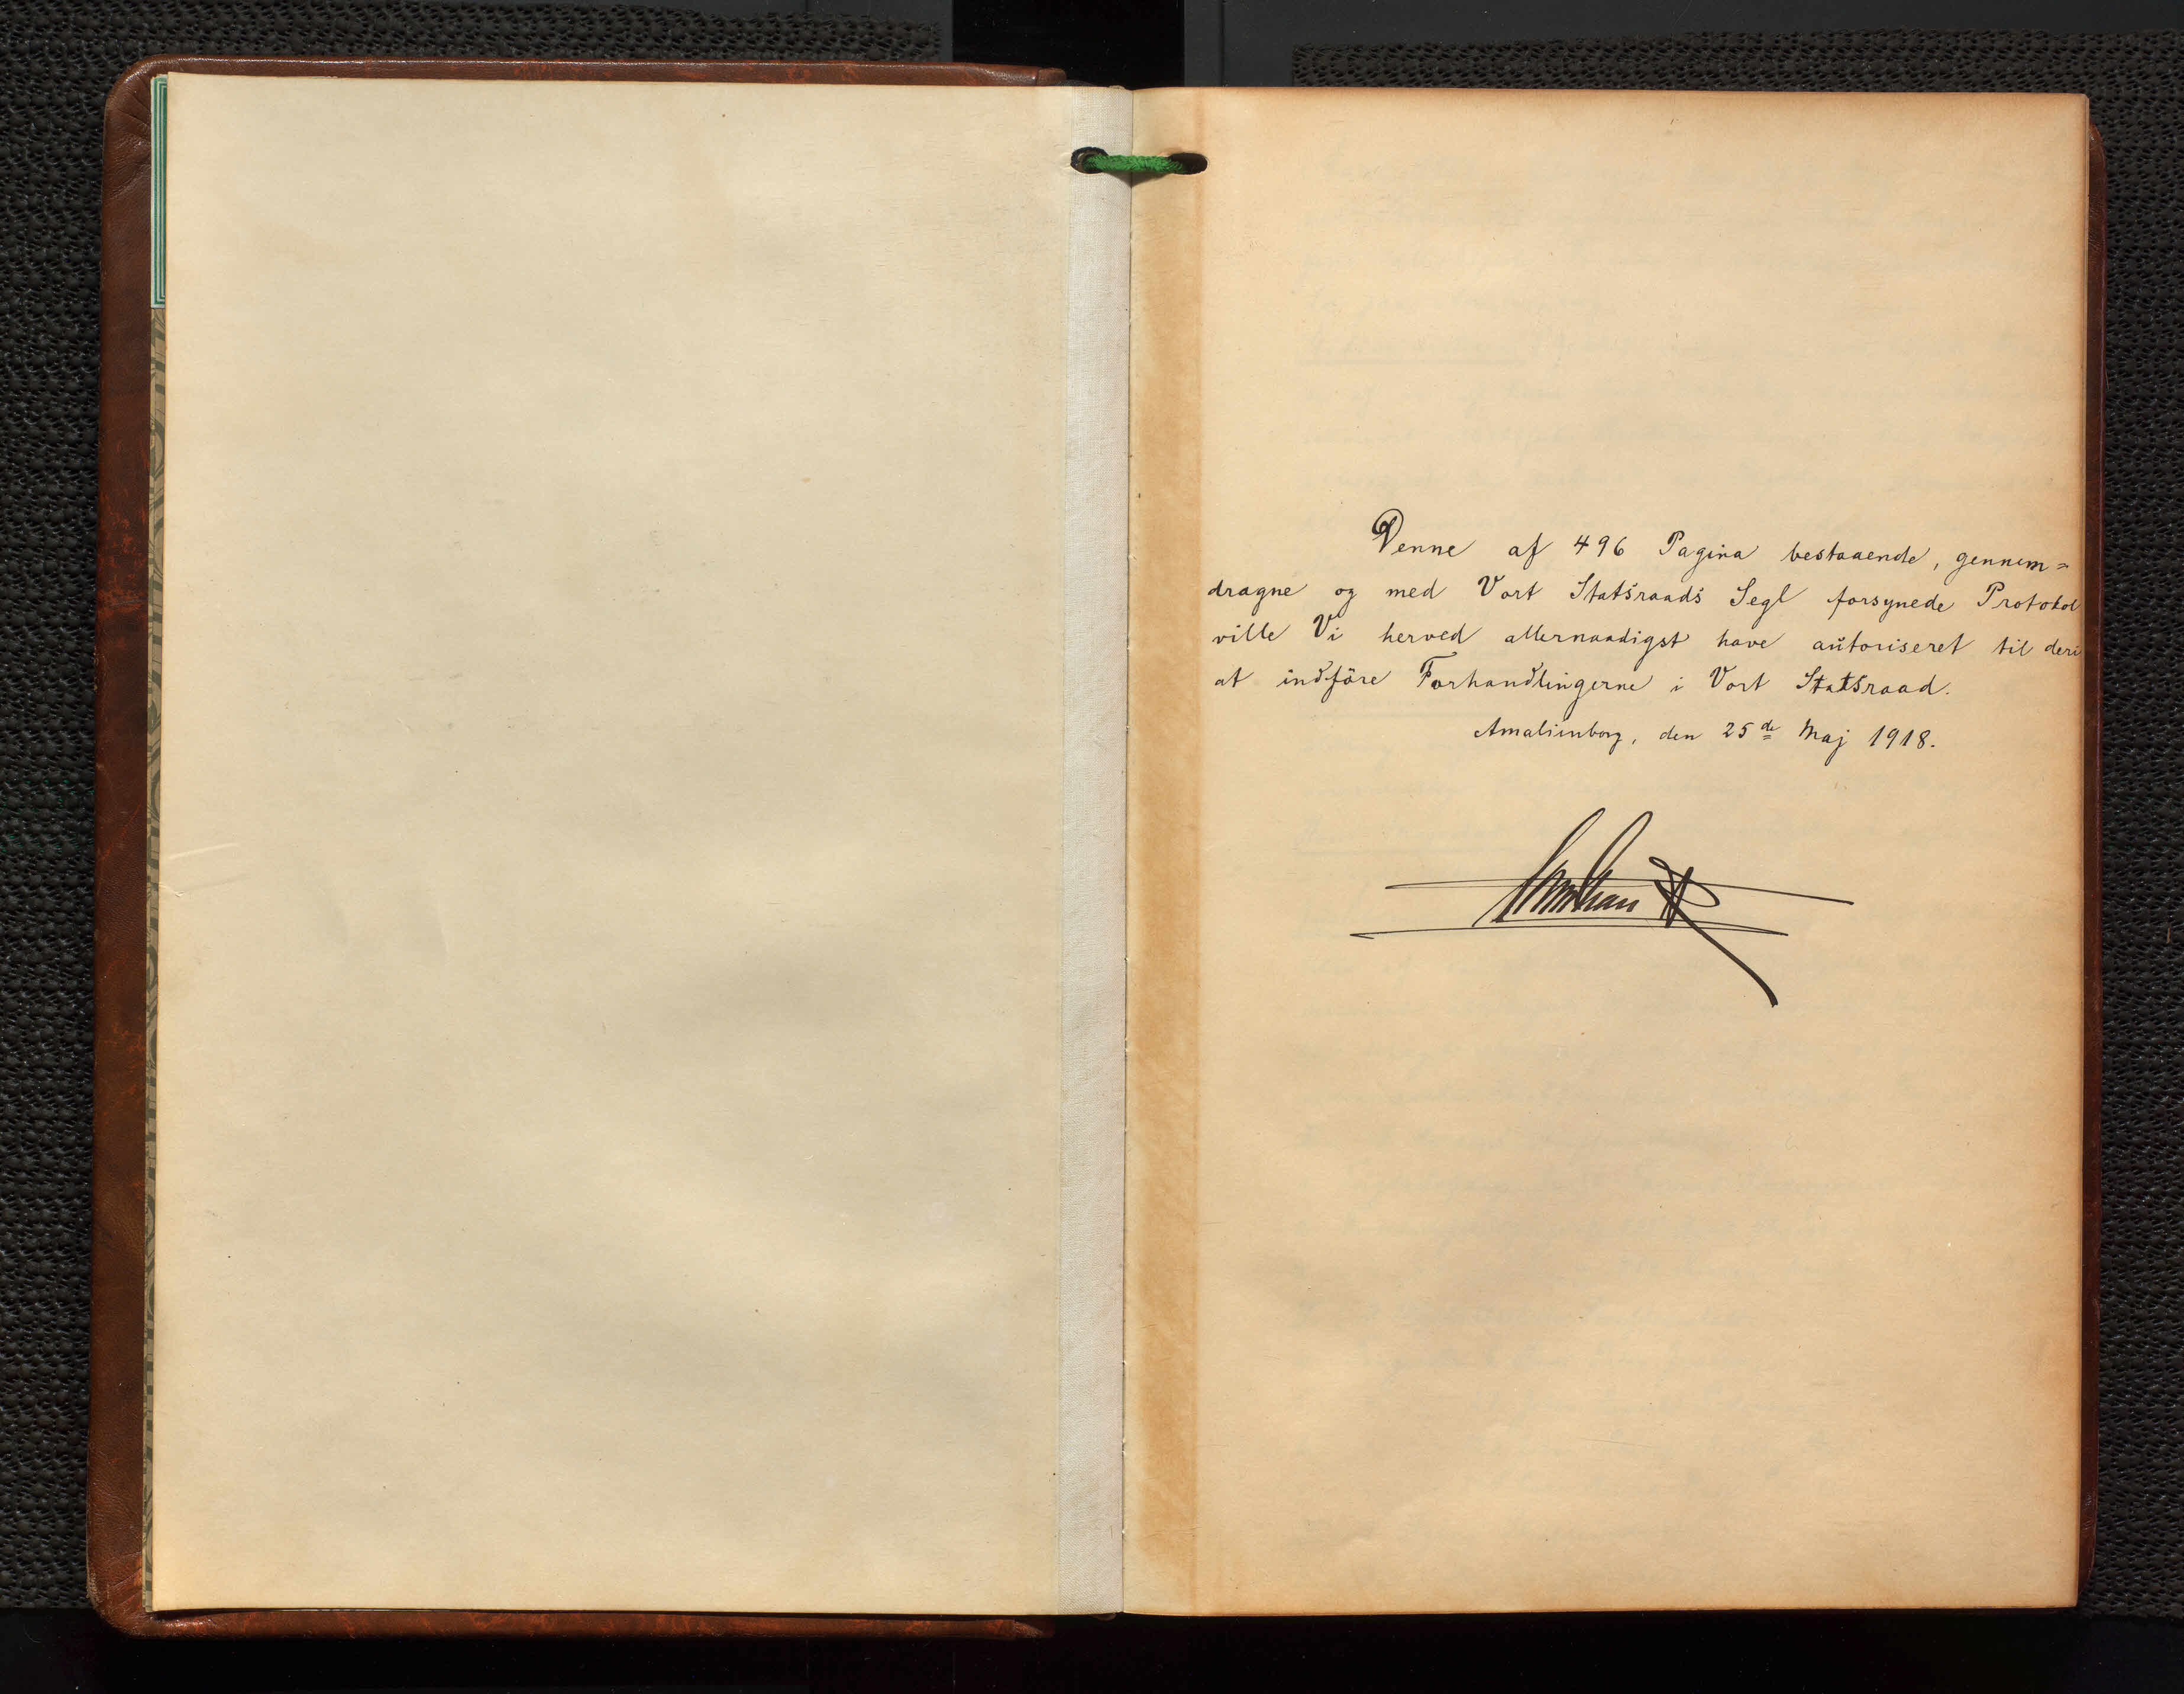
Transkription:
Denne af 496 Pagina bestaaende, gennem=
dragne og med Vort Statsraads Segl forsynede Protokol
ville Vi herved allernaadigst have autoriseret til deri
at indføre Forhandlingerne i Vort Statsraad.
Amalienborg, den 25de Maj 1918.

Christian R